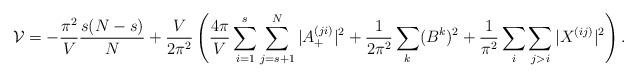
LaTeX: \begin{align*}{\cal{V}} = -\frac{\pi^2}{V} \frac{s(N-s)}{N} + \frac{V}{2\pi^2}\left(\frac{4\pi}{V}\sum_{i=1}^{s}\sum_{j=s+1}^N |A^{(ji)}_+|^2 +\frac{1}{2\pi^2} \sum_k (B^k)^2+\frac{1}{\pi^2}\sum_i \sum_{j>i} |X^{(ij)}|^2\right). \end{align*}